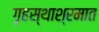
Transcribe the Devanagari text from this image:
गृहस्थाश्रमात